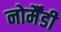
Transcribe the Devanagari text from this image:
नोर्मैंडी